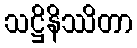
သဋ္ဌိနိဿိတာ